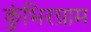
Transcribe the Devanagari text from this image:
कुंभिरग्राम